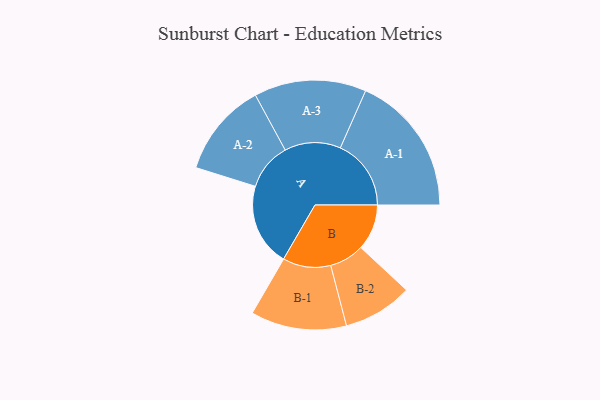
{"axis": {"x": "Segment", "y": "Value"}, "legend": ["", "A", "B"], "data": [{"x": "A", "y": 326, "type": ""}, {"x": "B", "y": 181, "type": ""}, {"x": "A-1", "y": 279, "type": "A"}, {"x": "A-2", "y": 186, "type": "A"}, {"x": "A-3", "y": 221, "type": "A"}, {"x": "B-1", "y": 189, "type": "B"}, {"x": "B-2", "y": 137, "type": "B"}]}